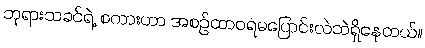
ဘုရားသခင်ရဲ့ စကားဟာ အစဉ်ထာဝရမပြောင်းလဲဘဲရှိနေတယ်။